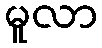
မူလာ